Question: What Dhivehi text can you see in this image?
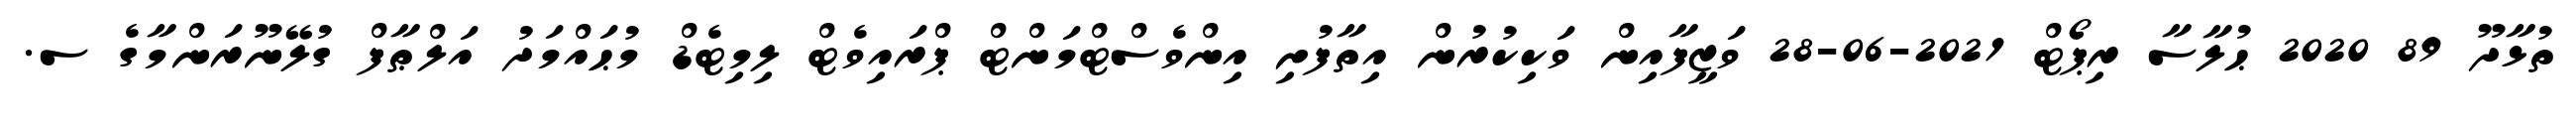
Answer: ތުޅާދޫ 89 2020 ޙުލާސާ ރިޕޯޓް 2021-06-28 ވަޒީފާއިން ވަކިކުރުން އިތާފުށި އިންވެސްޓްމަންޓް ޕްރައިވެޓް ލިމިޓެޑް މުޙައްމަދު އަލްޠާފް ގުލޭނޫރަންމާގެ ސ.